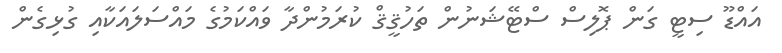
އައްޑޫ ސިޓީ ގަން ޕޮލިސް ސްޓޭޝަނުން ތަހުޤީޤް ކުރަމުންދާ ވައްކަމުގެ މައްސަލައަކާއި ގުޅިގެން